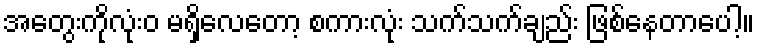
အတွေးကိုလုံးဝ မရှိလေတော့ စကားလုံး သက်သက်ချည်း ဖြစ်နေတာပေါ့။